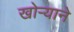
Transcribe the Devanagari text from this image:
खोऱ्याने